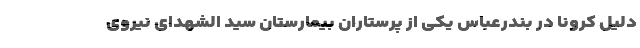
دلیل کرونا در بندرعباس یکی از پرستاران بیمارستان سید الشهدای نیروی